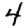
Digit: 4